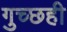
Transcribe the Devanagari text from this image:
गुच्छही